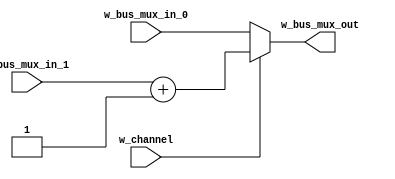
module m_2to1_8bit_mux_with_add1 (w_bus_mux_out, w_bus_mux_in_0, w_bus_mux_in_1, w_channel);
	output [7:0] w_bus_mux_out;
	input [7:0] w_bus_mux_in_0, w_bus_mux_in_1;
	input w_channel;
	assign w_bus_mux_out = (w_channel) ? (w_bus_mux_in_1 + 1) : w_bus_mux_in_0;
endmodule